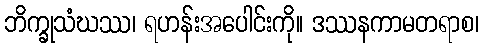
ဘိက္ခုသံဃဿ၊ ရဟန်းအပေါင်းကို။ ဒဿနကာမတရာစ၊